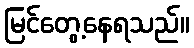
မြင်တွေ့နေရသည်။